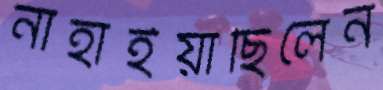
নাহাইয়াছিলেন